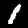
Digit: 1